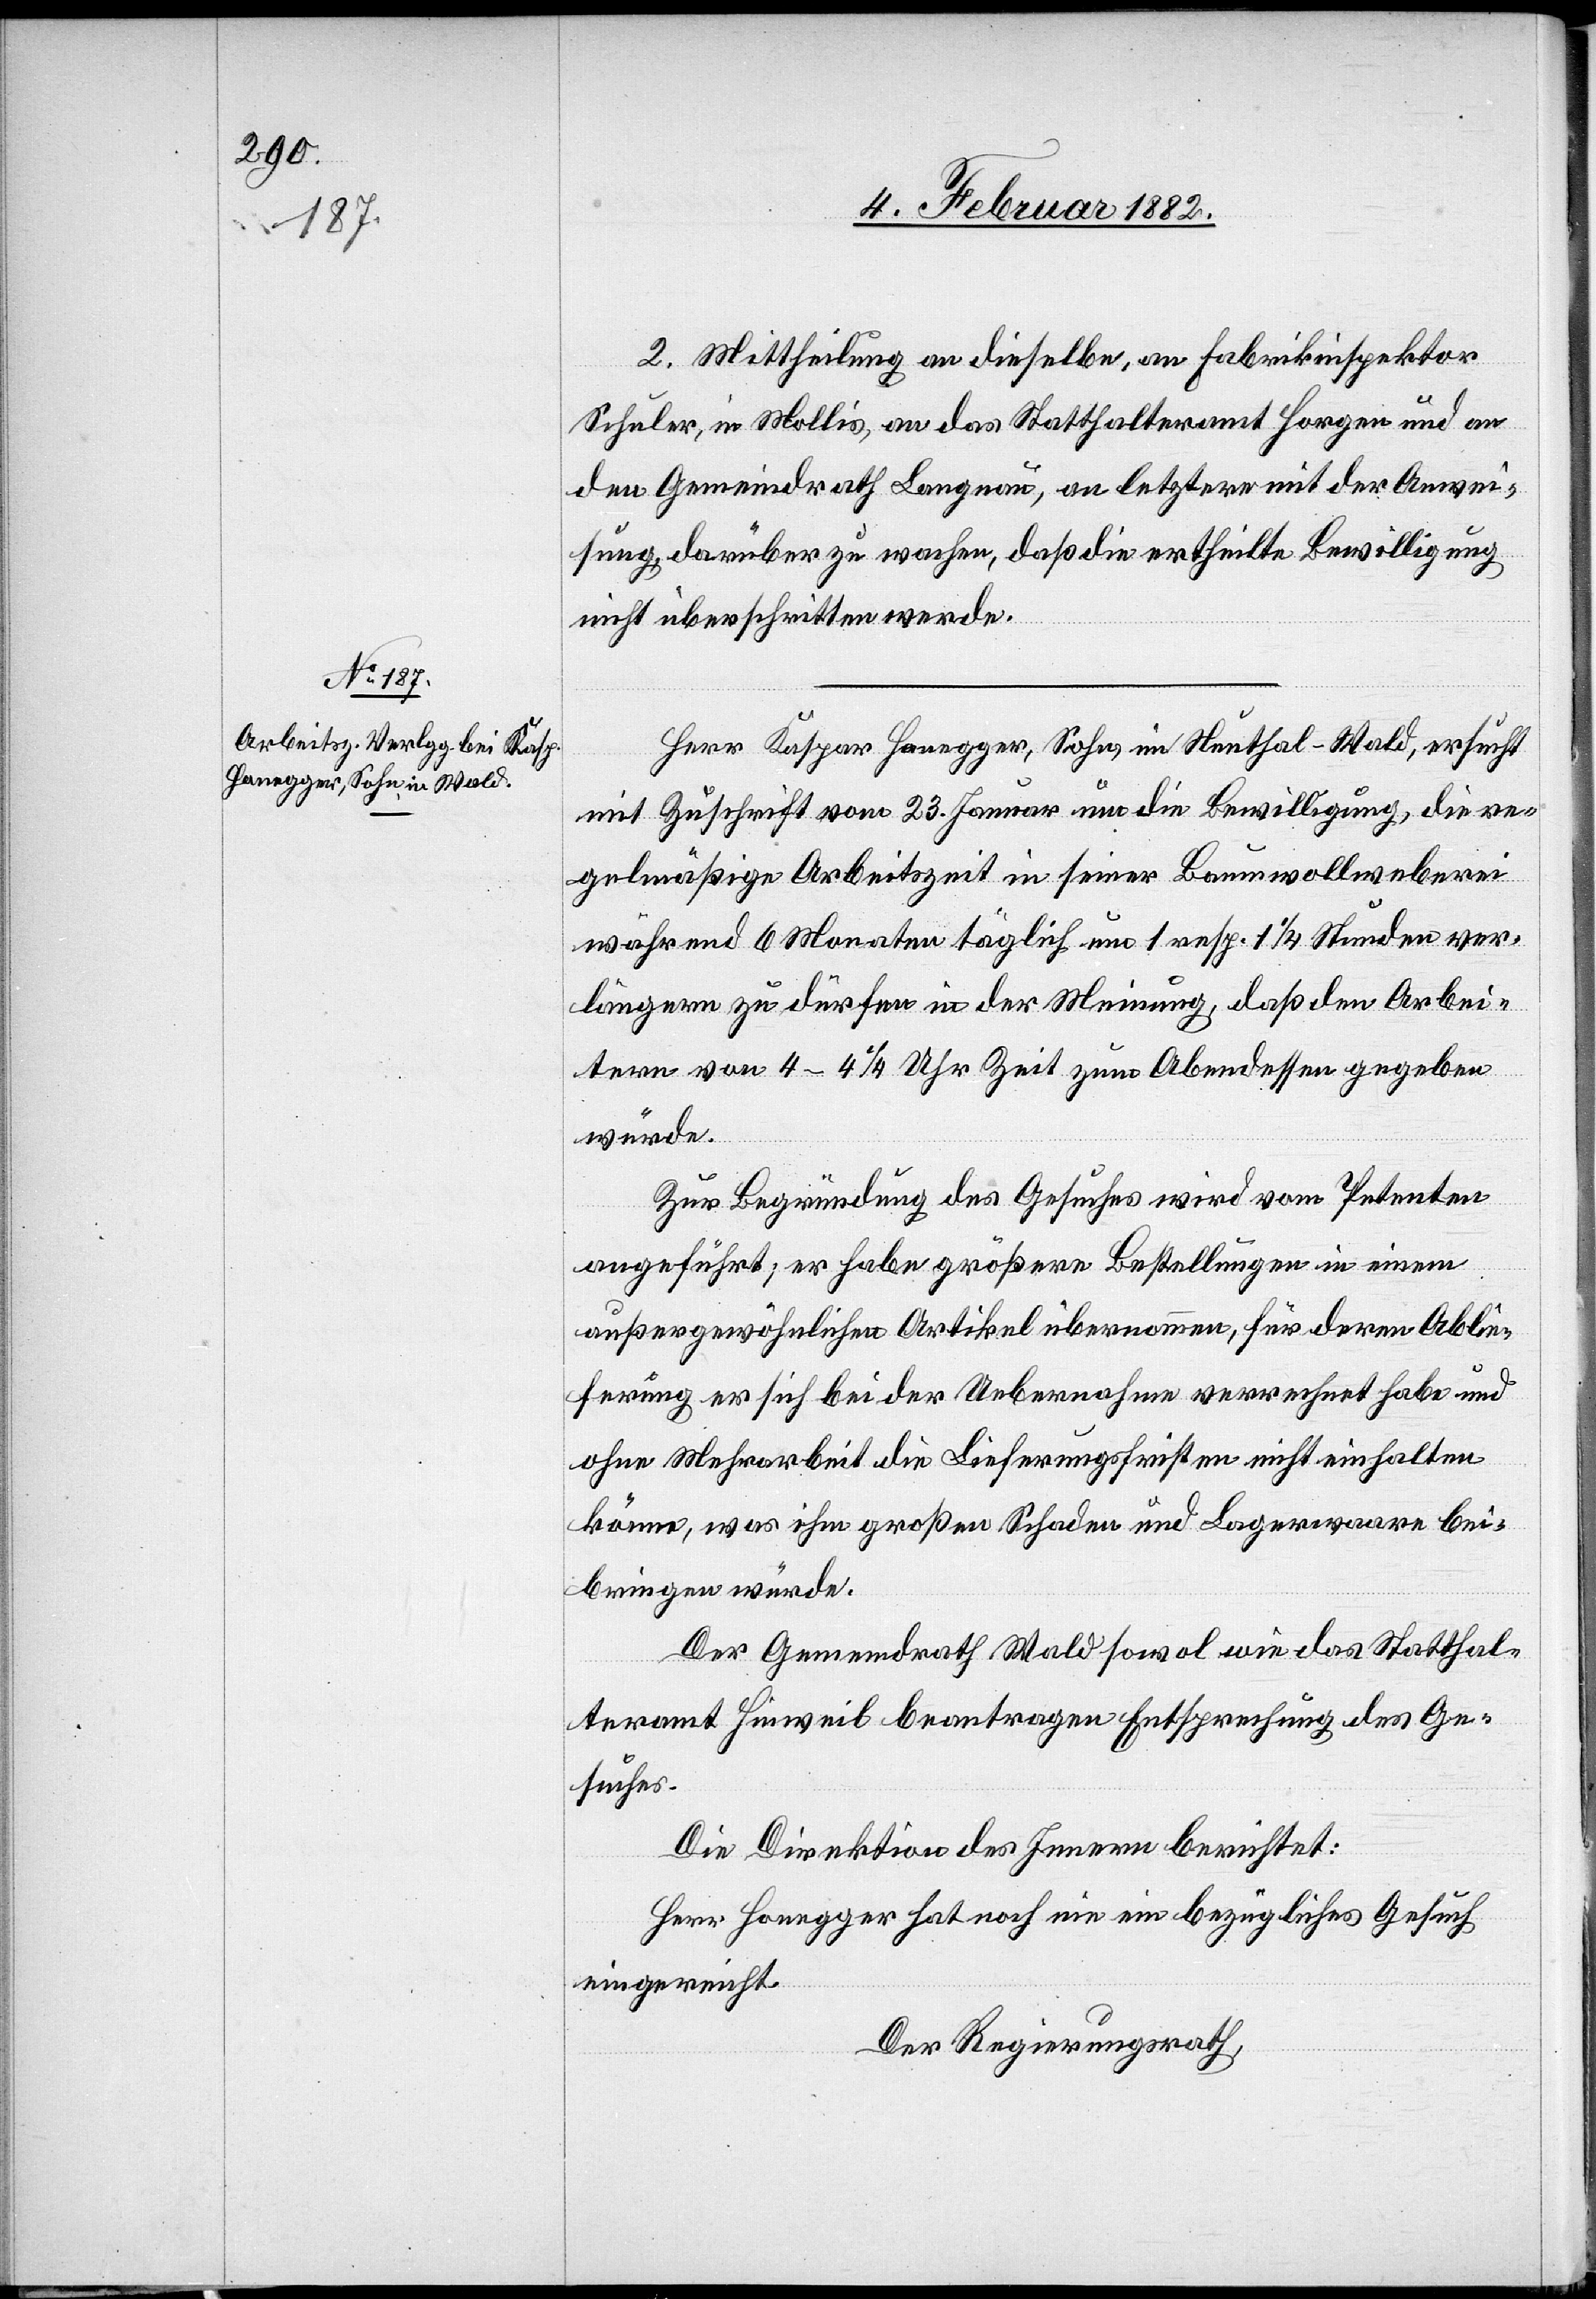
II. Mittheilung an dieselben, an Fabrikinspektor
Schuler, in Mollis, an das Statthalteramt Horgen und an
den Gemeindrath Langnau, an letzteren mit der Anwei¬
sung, darüber zu wachen, daß die ertheilte Bewilligung
nicht überschritten werde.
Her Kaspar Honegger, Sohn, im Neuthal - Wald, ersucht
mit Zuschrift vom 23. Januar um die Bewilligung, die re¬
gelmäßige Arbeitszeit in seiner Baumwollweberei
während 6 Monaten täglich um 1 resp. 1 1/4 Stunden ver¬
längern zu dürfen in der Meinung, daß den Arbei¬
tern von 4–4 1/4 Uhr Zeit zum Abendessen gegeben
würde.
Zur Begründung des Gesuches wird vom Petenten
angeführt, er habe größere Bestellungen in einem
außergewöhnlichen Artikel übernommen, für deren Ablie¬
ferung er sich bei der Uebernahme verrechnet habe und
ohne Mehrarbeit die Lieferungsfristen nicht einhalten
könne, was ihm großen Schaden und Lagerwaare bei¬
bringen würde.
Der Gemeindrath Wald sowol wie das Statthal¬
teramt Hinweil beantragen Entsprechung des Ge¬
suches.
Die Direktion des Innern berichtet:
Herr Honegger hat noch nie ein bezügliches Gesuch
eingereicht.
Der Regierungsrath